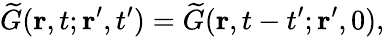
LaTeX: \widetilde{G}(\mathbf{r},t;\mathbf{r}^{\prime},t^{\prime})=\widetilde{G}(\mathbf{r},t-t^{\prime};\mathbf{r}^{\prime},0),